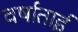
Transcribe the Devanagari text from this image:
वर्षाताई